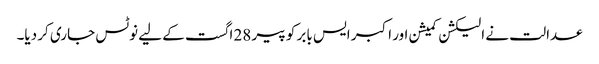
عدالت نے الیکشن کمیشن اور اکبر ایس بابر کو پیر 28 اگست کے لیے نوٹس جاری کر دیا۔